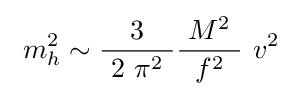
\ m_{h}^{2}\sim {\frac {3}{\ 2\ \pi ^{2}\ }}{\frac {\ M^{2}\ }{f^{2}}}\ v^{2}\